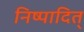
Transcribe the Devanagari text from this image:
निष्पादित्